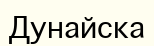
Дунайска